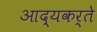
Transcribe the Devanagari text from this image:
आद्यकर्ते